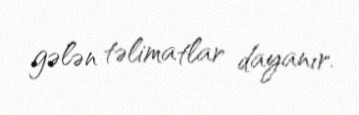
gələn təlimatlar dayanır.